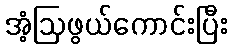
အံ့ဩဖွယ်ကောင်းပြီး